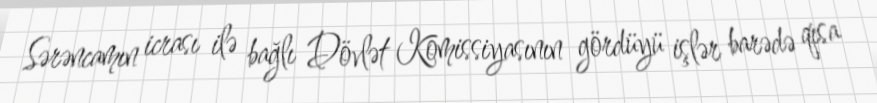
Sərəncamın icrası ilə bağlı Dövlət Komissiyasının gördüyü işlər barədə qısa